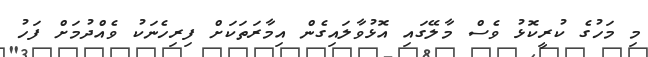
މި މަހުގެ ކުރީކޮޅު ވެސް މާލޭގައި އޮޅުވާލައިގެން އިމާރަތަކަށް ފިރިހެނަކު ވެއްދުމަށް ފަހު